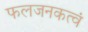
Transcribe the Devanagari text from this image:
फलजनकत्वं